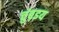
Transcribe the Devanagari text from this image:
चुंब़इय